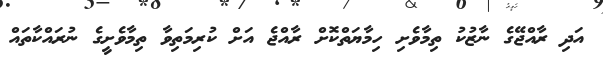
އަދި ރާއްޖޭގެ ނާޒުކު ތިމާވެށި ހިމާޔަތްކޮށް ރާއްޖެ އަށް ކުރިމަތިވާ ތިމާވެށީގެ ނުރައްކާތައް